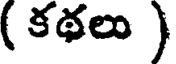
( కథలు )